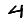
Digit: 4